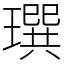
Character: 𤩄